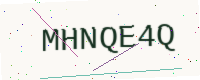
Text: MHNQE4Q